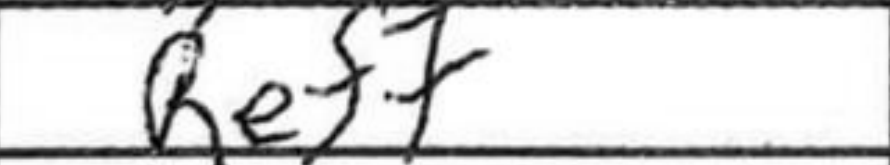
Transcription: Ref7